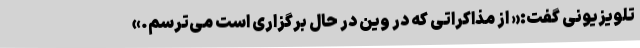
تلویزیونی گفت:« از مذاکراتی که در وین در حال برگزاری است می‌ترسم.»